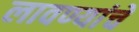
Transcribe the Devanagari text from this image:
लावण्यांचे